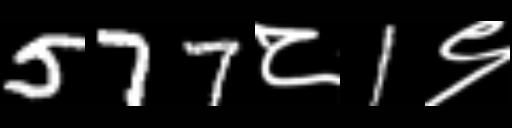
Text: 577८1९